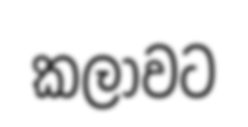
කලාවට